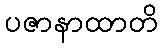
ပဇာနာထာတိ